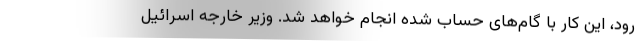
رود، این کار با گام‌های حساب شده انجام خواهد شد. وزیر خارجه اسرائیل